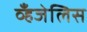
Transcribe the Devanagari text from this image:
व्हँजेलिस